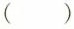
（）